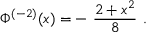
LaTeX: \Phi ^ { ( - 2 ) } ( x ) = - \ \frac { 2 + x ^ { 2 } } { 8 } \ .